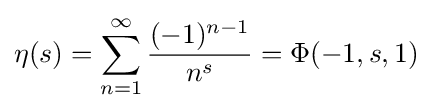
\eta (s)=\sum _{n=1}^{\infty }{\frac {(-1)^{n-1}}{n^{s}}}=\Phi (-1,s,1)